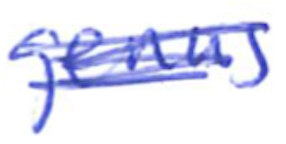
Text: genus
Cross-out: scratch
Writing tool: ballpoint